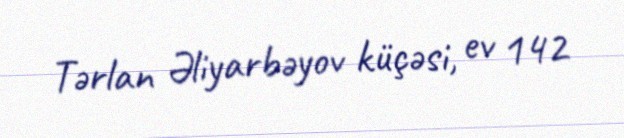
Tərlan Əliyarbəyov küçəsi, ev 142